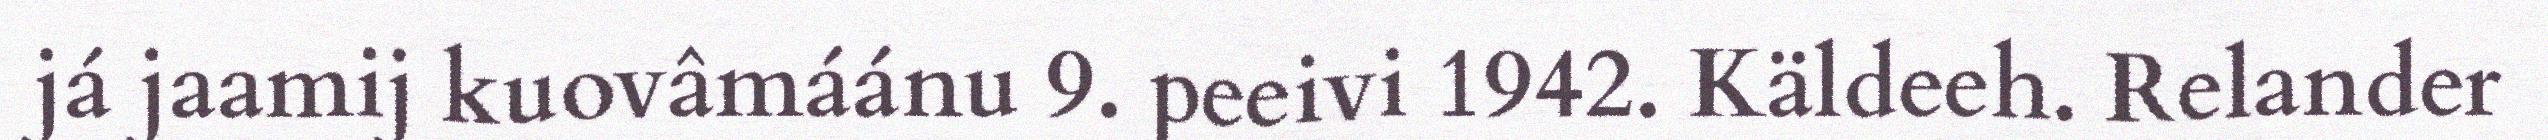
já jaamij kuovâmáánu 9. peeivi 1942. Käldeeh. Relander